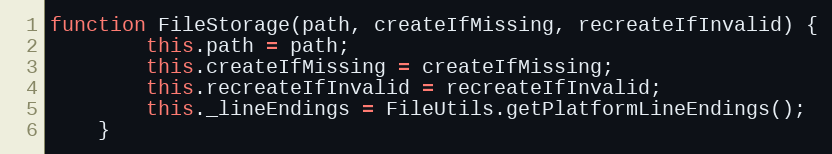
Language: JavaScript
function FileStorage(path, createIfMissing, recreateIfInvalid) {
        this.path = path;
        this.createIfMissing = createIfMissing;
        this.recreateIfInvalid = recreateIfInvalid;
        this._lineEndings = FileUtils.getPlatformLineEndings();
    }